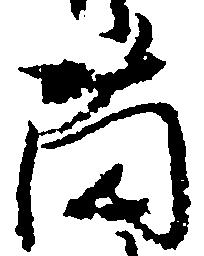
薗